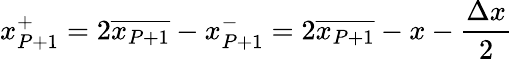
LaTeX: x_{P+1}^{+}=2\overline{{x_{P+1}}}-x_{P+1}^{-}=2\overline{{x_{P+1}}}-x-\frac{\Delta x}{2}